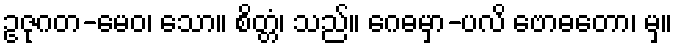
ဥဇုဂတ-မေဝ၊ သော။ စိတ္တံ၊ သည်။ ဂေဓမှာ-ပလိ ဗောဓတော၊ မှ။